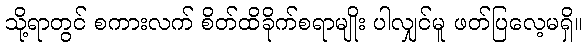
သို့ရာတွင် စကားလက် စိတ်ထိခိုက်စရာမျိုး ပါလျှင်မူ ဖတ်ပြလေ့မရှိ။